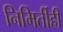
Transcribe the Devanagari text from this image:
निमिर्तीही